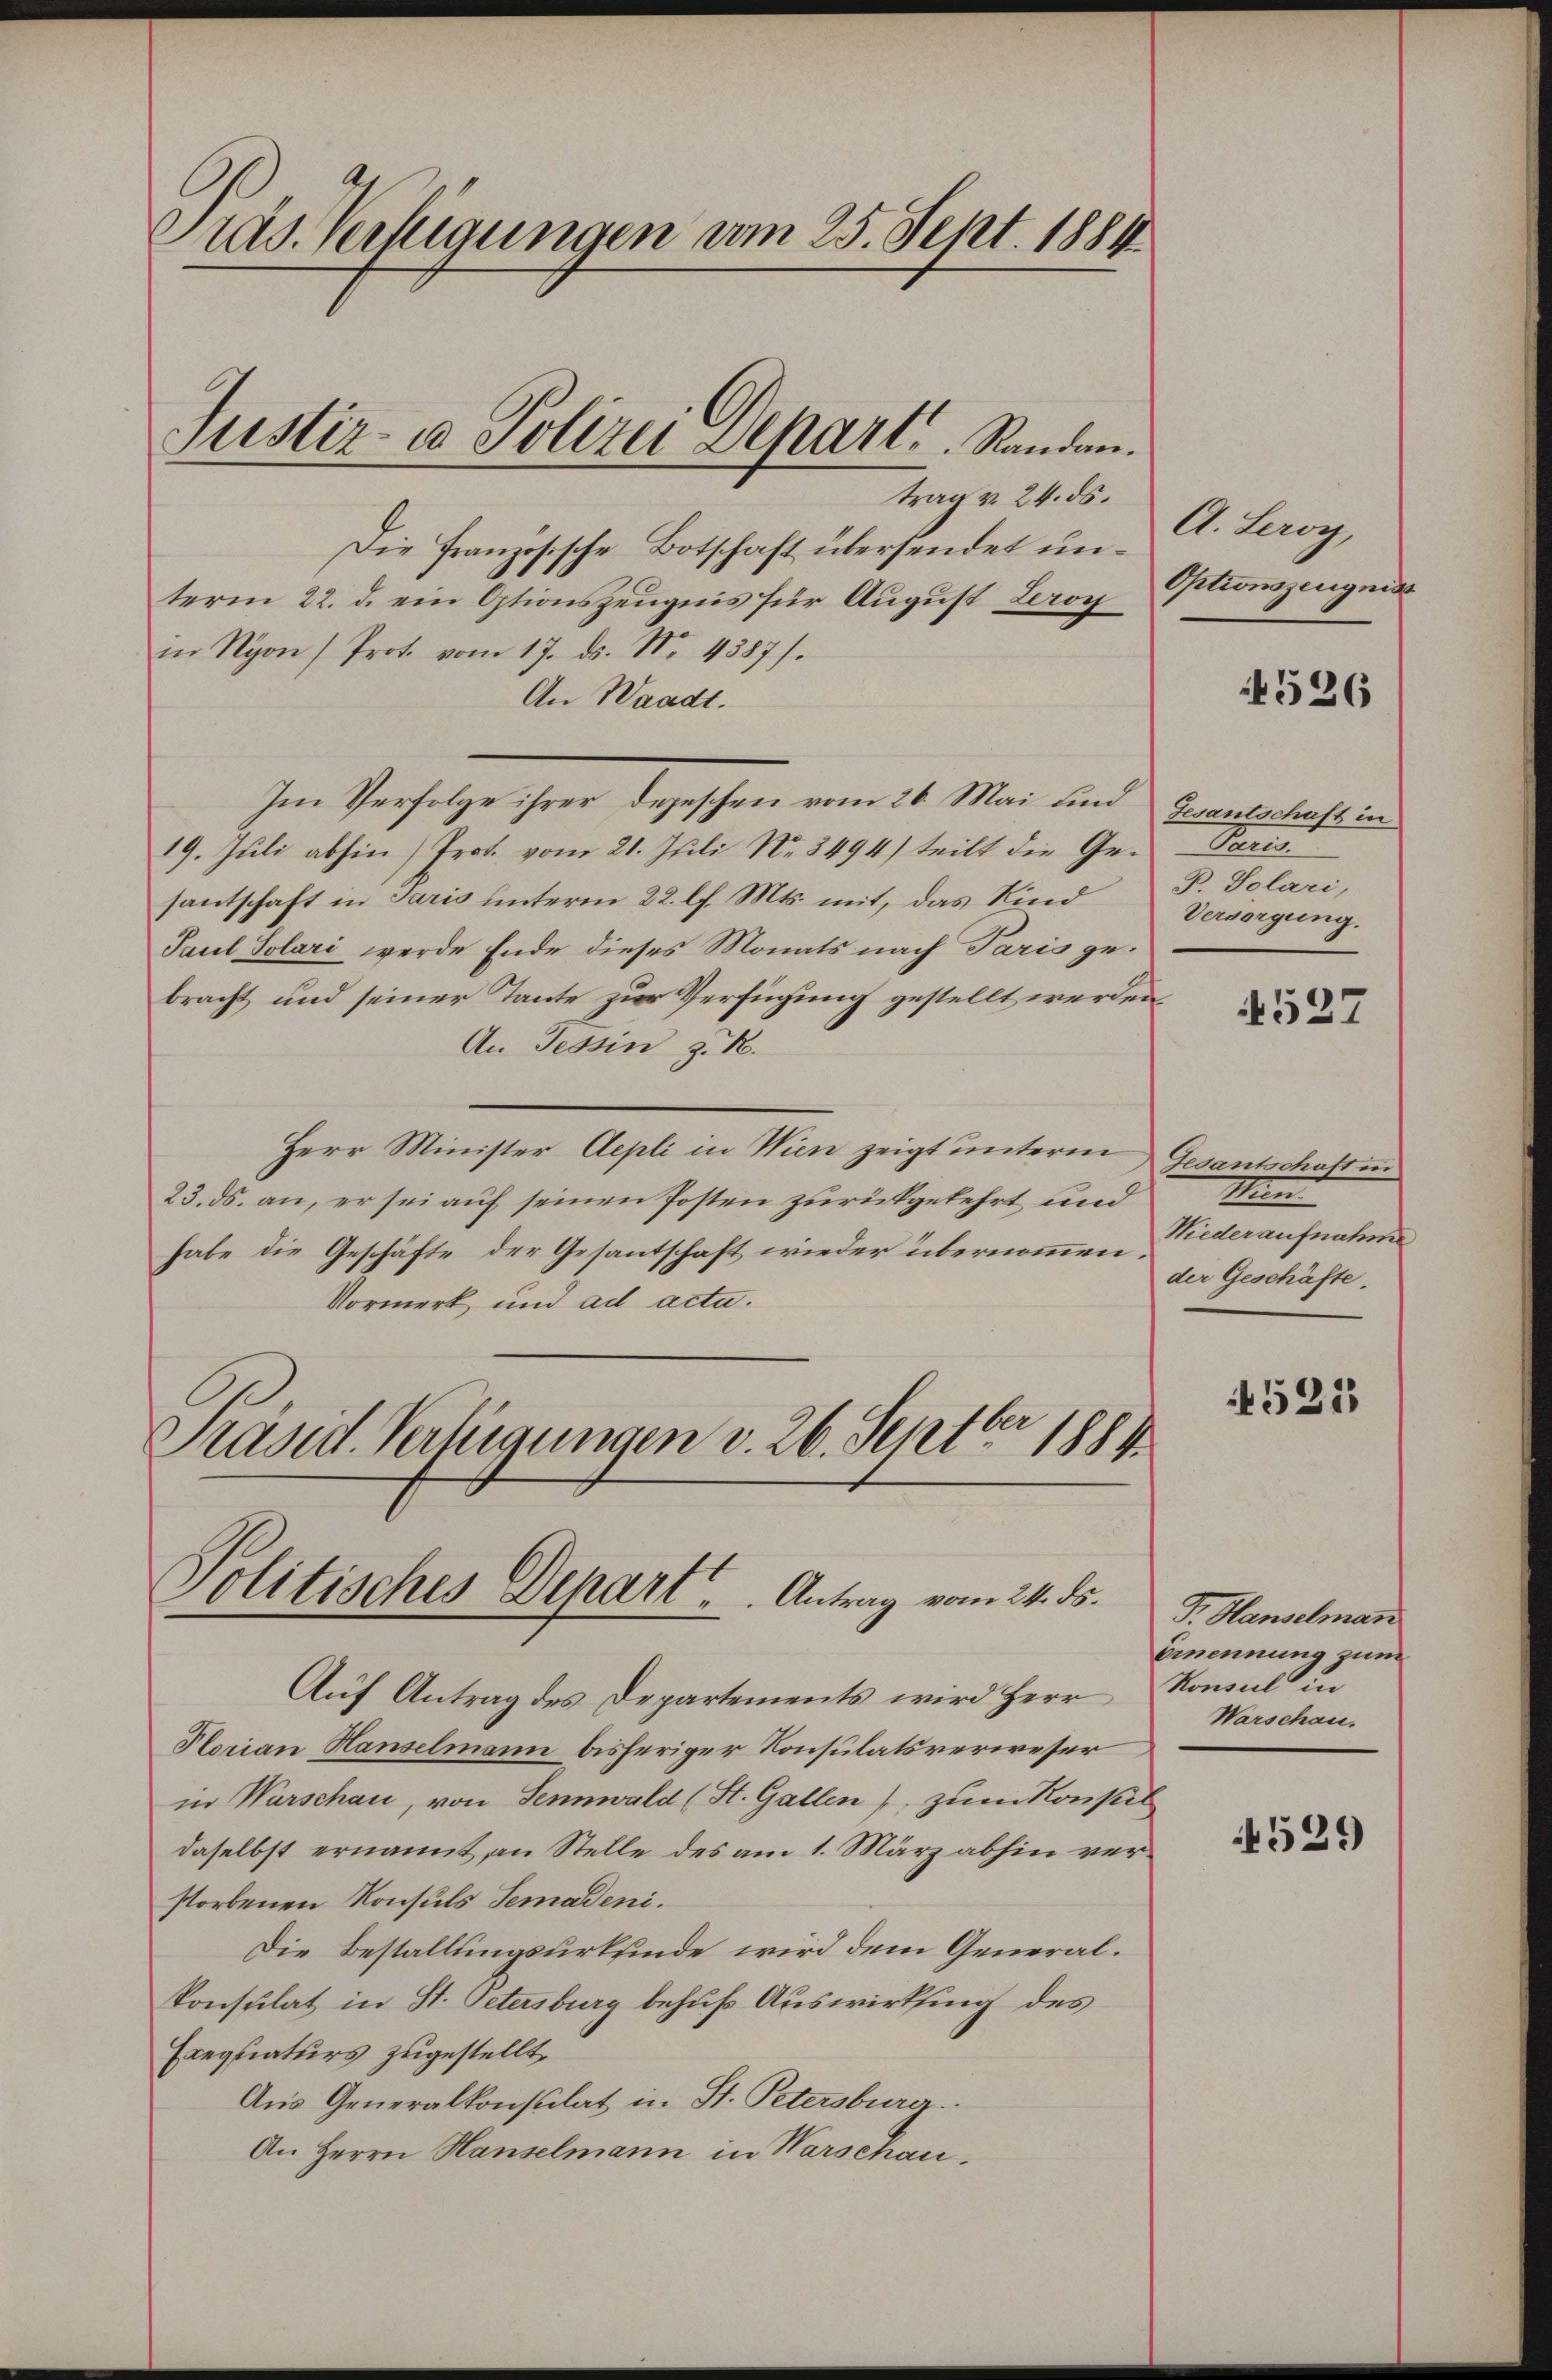
Präs. Verfügungen vom 25. Sept. 1884.

Justiz- u Polizei Depart. Standen.

Z
olitisches Depart. Antrag vom 24. ds.

trag v. 24. ds.
Die Französische Botschaft übersendet unterm 22. d. ein Optionszeugnis für August Leroy
in Nyon Prot. vom 17. ds. No. 4387).
An Waadt.
Im Verfolge ihrer depeschen vom 26. Mai und Gesantschaft in
19. Jŭli abhin) Prot. vom 21. Juli Nr. 3494) teilt die Ge-Paris.
santschaft in Paris unterm 22. l. Mts. mit, das Kind P. Solari,
Paul Solari werde Ende dieses Monats nach Paris gebracht und seiner Tante zur Verfügung gestellt werden,
An Tessin z. B.
Herr Minister Aepli in Wien zeigt unterm Gesantschaft un
23. ds. an, er sei auf seinen Posten zurückgekehrt und
habe die Geschäfte der Gesantschaft wieder übernommen Niederaufnahme
Vormerk und ad acta.
Präsid. Vertigungen v. 26. Septbr 1889

Auf Antrag des Departements wird Herr Romal in
Plorian Hanselmann bisheriger Konsulatsverweser
in Warschau, von Sennwald (St. Gallen, zum Konsil
daselbst ernannt, an Stelle des am 1. März abhin verstorbenen Konsuls Semadeni.
Die Bestallungsurkfinde wird dem Generalkonsulat in St. Petersburg behufs Auswirkung des
Eregliaturs zugestellt,
Aus Generalkonsulat in St. Petersburg.
An Herrn Hanselmann in Warschau.

A. Lang
Optionszeugniss

4526

Versorgung.

4527

Mun
der Geschäfte.

521

F. Hanselman
Ernennung zum
Warschau.

4529